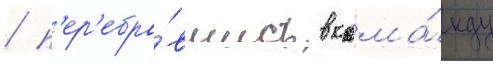
/ п'ер'ебра́вшись в кома́нду